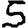
Digit: 5